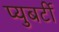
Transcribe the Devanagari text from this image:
प्युबर्टी